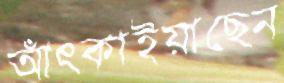
আঁৎকাইয়াছেন